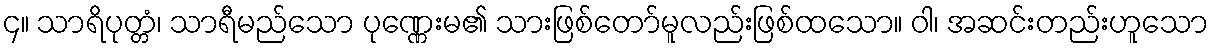
၄။ သာရိပုတ္တံ၊ သာရီမည်သော ပုဏ္ဏေးမ၏ သားဖြစ်တော်မူလည်းဖြစ်ထသော။ ဝါ၊ အဆင်းတည်းဟူသော